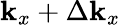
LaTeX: \mathbf{k}_{x}+\Delta\mathbf{k}_{x}